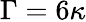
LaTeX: \Gamma=6\kappa